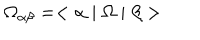
LaTeX: \Omega _ { \alpha \beta } = < \alpha \mid \Omega \mid \beta >